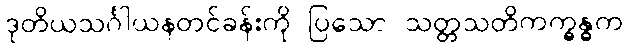
ဒုတိယသင်္ဂါယနတင်ခန်းကို ပြသော သတ္တသတိကက္ခန္ဓက